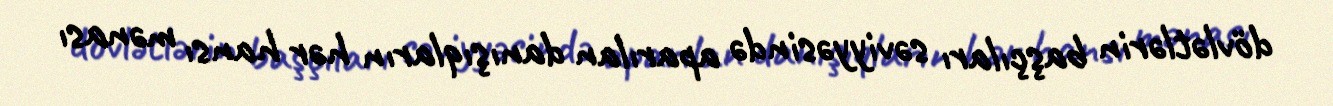
dövlətlərin başçıları səviyyəsində aparılan danışıqların hər hansı mənası